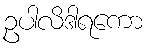
ဥပါလိဒါရကော